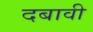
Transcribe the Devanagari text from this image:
दबावी